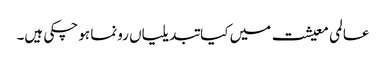
عالمی معیشت میں کیا تبدیلیاں رونما ہو چکی ہیں۔